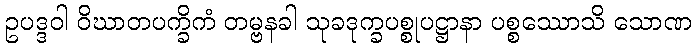
ဥပဒ္ဒဝါ ဝိဃာတပက္ခိကံ တမ္ဗနခါ သုခဒုက္ခပစ္စုပဋ္ဌာနာ ပစ္စဿောသိ သောဏ